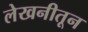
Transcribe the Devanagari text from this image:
लेखनीतून